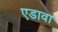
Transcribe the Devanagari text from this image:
एडावा